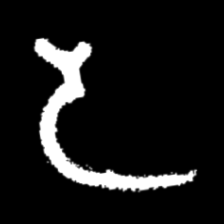
Pyu character \u2014 Myanmar letter: ဒ (romanized: da)